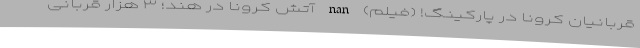
قربانیان کرونا در پارکینگ! (فیلم) nan آتش کرونا در هند؛ ۳ هزار قربانی